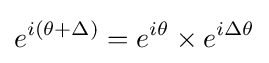
e^{i(\theta +\Delta )}=e^{i\theta }\times e^{i\Delta \theta }